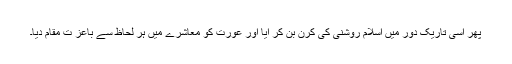
پھر اسی تاریک دور میں اسلام روشنی کی کرن بن کر آیا اور عورت کو معاشرے میں ہر لحاظ سے باعز ت مقام دیا۔